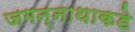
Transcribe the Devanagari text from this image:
जगन्नाथाकडे